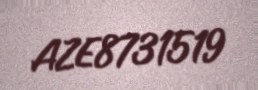
AZE8731519